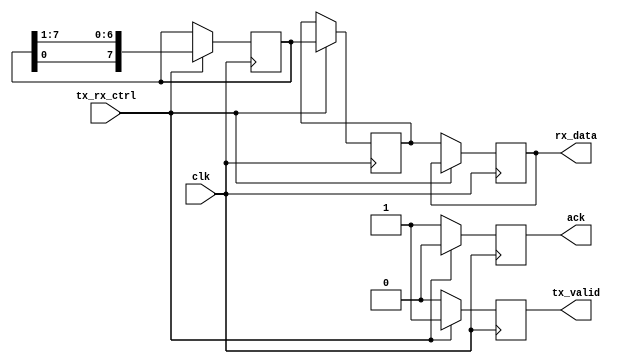
`timescale 1ns / 1ps
module quartus(
    input clk, 
    input tx_rx_ctrl,
    output reg [7:0] rx_data,
    output reg ack,
    output reg tx_valid
);


reg [7:0] shifted_data = 8'b10110111;
reg [7:0] received_data_reg;

always @(posedge clk) begin
    if (tx_rx_ctrl == 1) begin
        shifted_data <= {shifted_data[0], shifted_data[7:1]};
        received_data_reg <= shifted_data;
        tx_valid <= 1'b1;
        ack <= 1'b0;
       
    end else begin
        rx_data <= received_data_reg;
        
        ack <= 1'b1;
        tx_valid <= 1'b0;
    end
end

endmodule